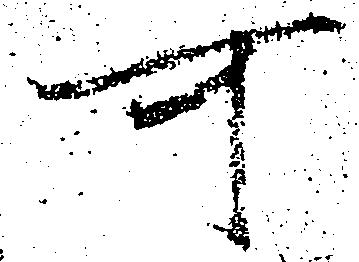
可